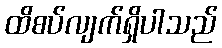
ထိစပ်လျက်ရှိပါသည်